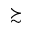
\succsim